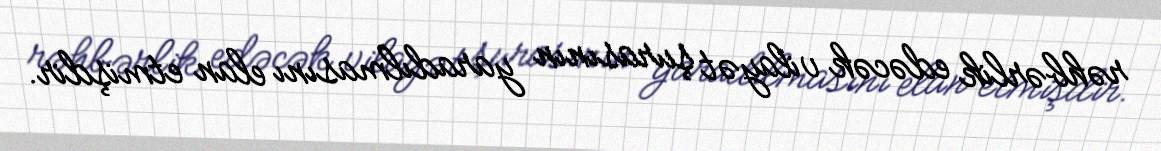
rəhbərlik edəcək vilayət şurasının yaradılmasını elan etmişdir.